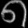
Digit: ၈